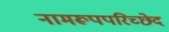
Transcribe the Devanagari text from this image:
नामरूपपरिच्छेद